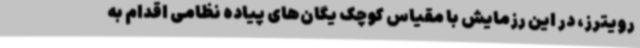
رویترز، در این رزمایش با مقیاس کوچک یگان‌های پیاده نظامی اقدام به